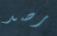
رصد